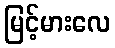
မြင့်မားလေ